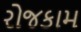
રોજકામ